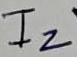
Text: IB